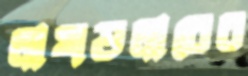
লাখডলারের